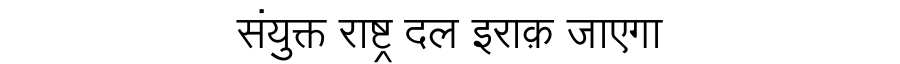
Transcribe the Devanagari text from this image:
संयुक्त राष्ट्र दल इराक़ जाएगा